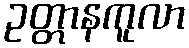
ဥတ္တာနကူလာ